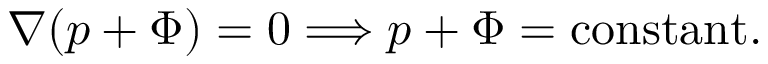
\nabla ( p + \Phi ) = 0 \Longrightarrow p + \Phi = { \mathrm { c o n s t a n t } } .